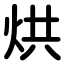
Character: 烘